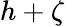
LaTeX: h+\zeta